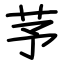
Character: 芧